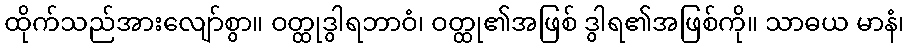
ထိုက်သည်အားလျော်စွာ။ ဝတ္ထုဒွါရဘာဝံ၊ ဝတ္ထု၏အဖြစ် ဒွါရ၏အဖြစ်ကို။ သာဓယ မာနံ၊